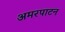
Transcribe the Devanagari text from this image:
अमरपाटन